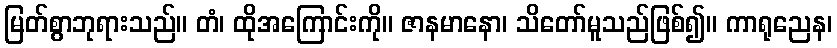
မြတ်စွာဘုရားသည်။ တံ၊ ထိုအကြောင်းကို။ ဇာနမာနော၊ သိတော်မူသည်ဖြစ်၍။ ကာရုညေန၊